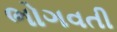
ભોગવતી